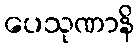
ပေသုဏာနိ